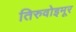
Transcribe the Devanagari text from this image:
तिरुवोइमूर